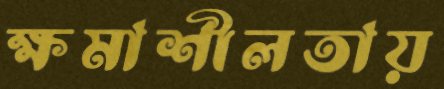
ক্ষমাশীলতায়